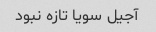
آجیل سویا تازه نبود